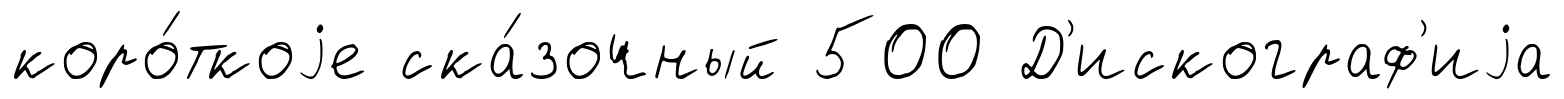
коро́ткоjе ска́зочный 500 Д'искограф'иjа